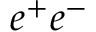
e ^ { + } e ^ { - }